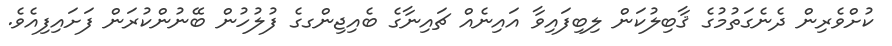
ކުށްވެރިން ދެނެގަތުމުގެ ޤާބިލުކަން ލިބިފައިވާ އައިނެއް ޗައިނާގެ ބެއިޖިންގގެ ފުލުހުން ބޭނުންކުރަން ފަށައިފިއެވެ.